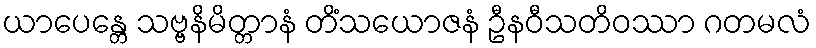
ယာပေန္တေ သဗ္ဗနိမိတ္တာနံ တိံသယောဇနံ ဦနဝီသတိဝဿာ ဂတမလံ